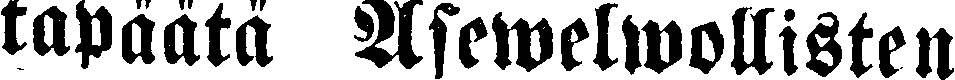
tapäätä Asewelwollisten